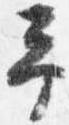
予